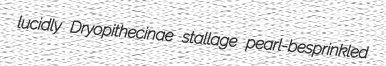
lucidly Dryopithecinae stallage pearl-besprinkled